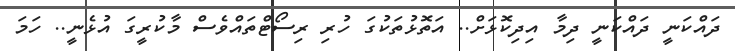
ދައްކަނީ ދައްކަނީ ދިމާ އިދިކޮޅަށް.. އަތޮޅުތަކުގަ ހުރި ރިސޯޓްތައްވެސް މާކުރީގަ އުޅެނީ.. ހަމަ